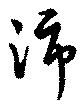
沛